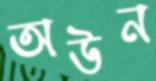
অউন